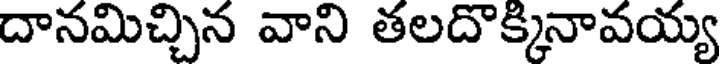
దానమిచ్చిన వాని తలదొక్కినావయ్య